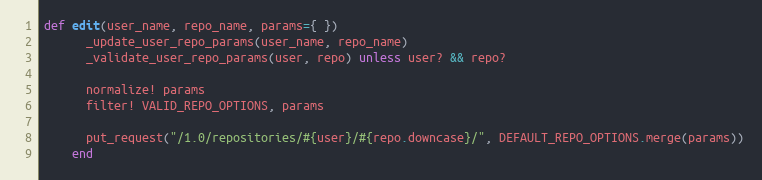
Language: Ruby
def edit(user_name, repo_name, params={ })
      _update_user_repo_params(user_name, repo_name)
      _validate_user_repo_params(user, repo) unless user? && repo?

      normalize! params
      filter! VALID_REPO_OPTIONS, params

      put_request("/1.0/repositories/#{user}/#{repo.downcase}/", DEFAULT_REPO_OPTIONS.merge(params))
    end